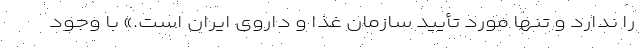
را ندارد و تنها مورد تأیید سازمان غذا و داروی ایران است.» با وجود